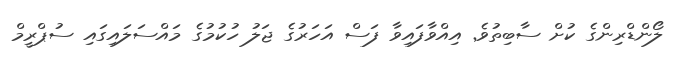
ލޯންޑްރިންގެ ކުށް ސާބިތުވެ